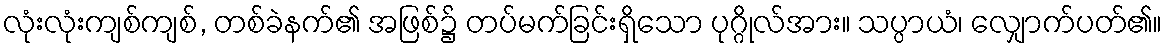
လုံးလုံးကျစ်ကျစ်, တစ်ခဲနက်၏ အဖြစ်၌ တပ်မက်ခြင်းရှိသော ပုဂ္ဂိုလ်အား။ သပ္ပာယံ၊ လျှောက်ပတ်၏။